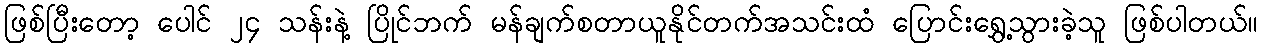
ဖြစ်ပြီးတော့ ပေါင် ၂၄ သန်းနဲ့ ပြိုင်ဘက် မန်ချက်စတာယူနိုင်တက်အသင်းထံ ပြောင်းရွှေ့သွားခဲ့သူ ဖြစ်ပါတယ်။